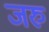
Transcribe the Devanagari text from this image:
जरु